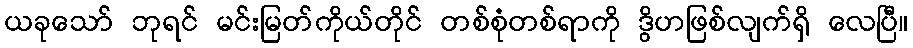
ယခုသော် ဘုရင် မင်းမြတ်ကိုယ်တိုင် တစ်စုံတစ်ရာကို ဒွိဟဖြစ်လျက်ရှိ လေပြီ။